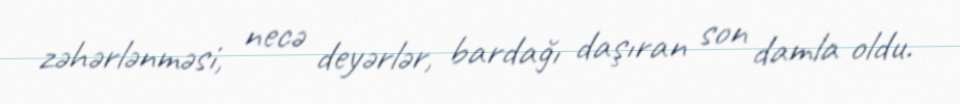
zəhərlənməsi, necə deyərlər, bardağı daşıran son damla oldu.